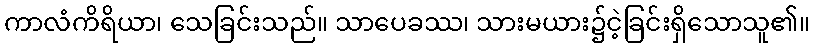
ကာလံကိရိယာ၊ သေခြင်းသည်။ သာပေခဿ၊ သားမယား၌ငဲ့ခြင်းရှိသောသူ၏။